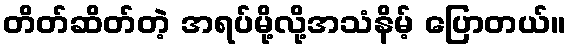
တိတ်ဆိတ်တဲ့ အရပ်မို့လို့အသံနိမ့် ပြောတယ်။